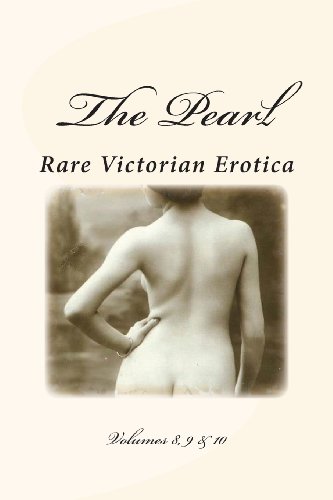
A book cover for The Pearl - Rare Victorian Erotica: Volumes 8, 9 & 10; William Lazenby; Romance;